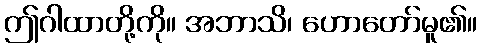
ဤဂါထာတို့ကို။ အဘာသိ၊ ဟောတော်မူ၏။